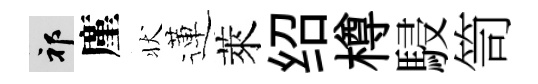
祁廑状蓮萊绍樽駸笥